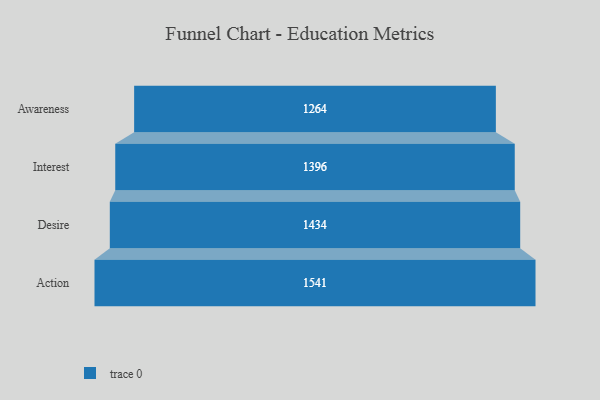
{"axis": {"x": "Stage", "y": "Value"}, "legend": [""], "data": [{"x": "Awareness", "y": 1264.0, "type": ""}, {"x": "Interest", "y": 1396.0, "type": ""}, {"x": "Desire", "y": 1434.0, "type": ""}, {"x": "Action", "y": 1541.0, "type": ""}]}